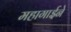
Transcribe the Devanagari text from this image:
महागाईने